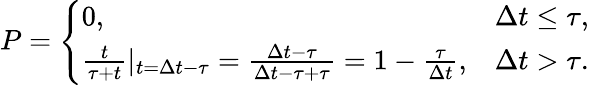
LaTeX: P=\left\{ \begin{array}{lr}{0,}&{\Delta t\leq\tau,}\\ {\frac{t}{\tau+t}|_{t=\Delta t-\tau}=\frac{\Delta t-\tau}{\Delta t-\tau+\tau}=1-\frac{\tau}{\Delta t},}&{\Delta t>\tau.}\end{array}\right.